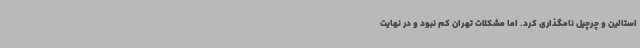
استالین و چرچیل نامگذاری کرد. اما مشکلات تهران کم نبود و در نهایت